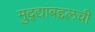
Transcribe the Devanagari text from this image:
मुद्द्यांबद्दलची